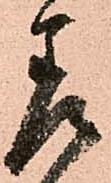
差